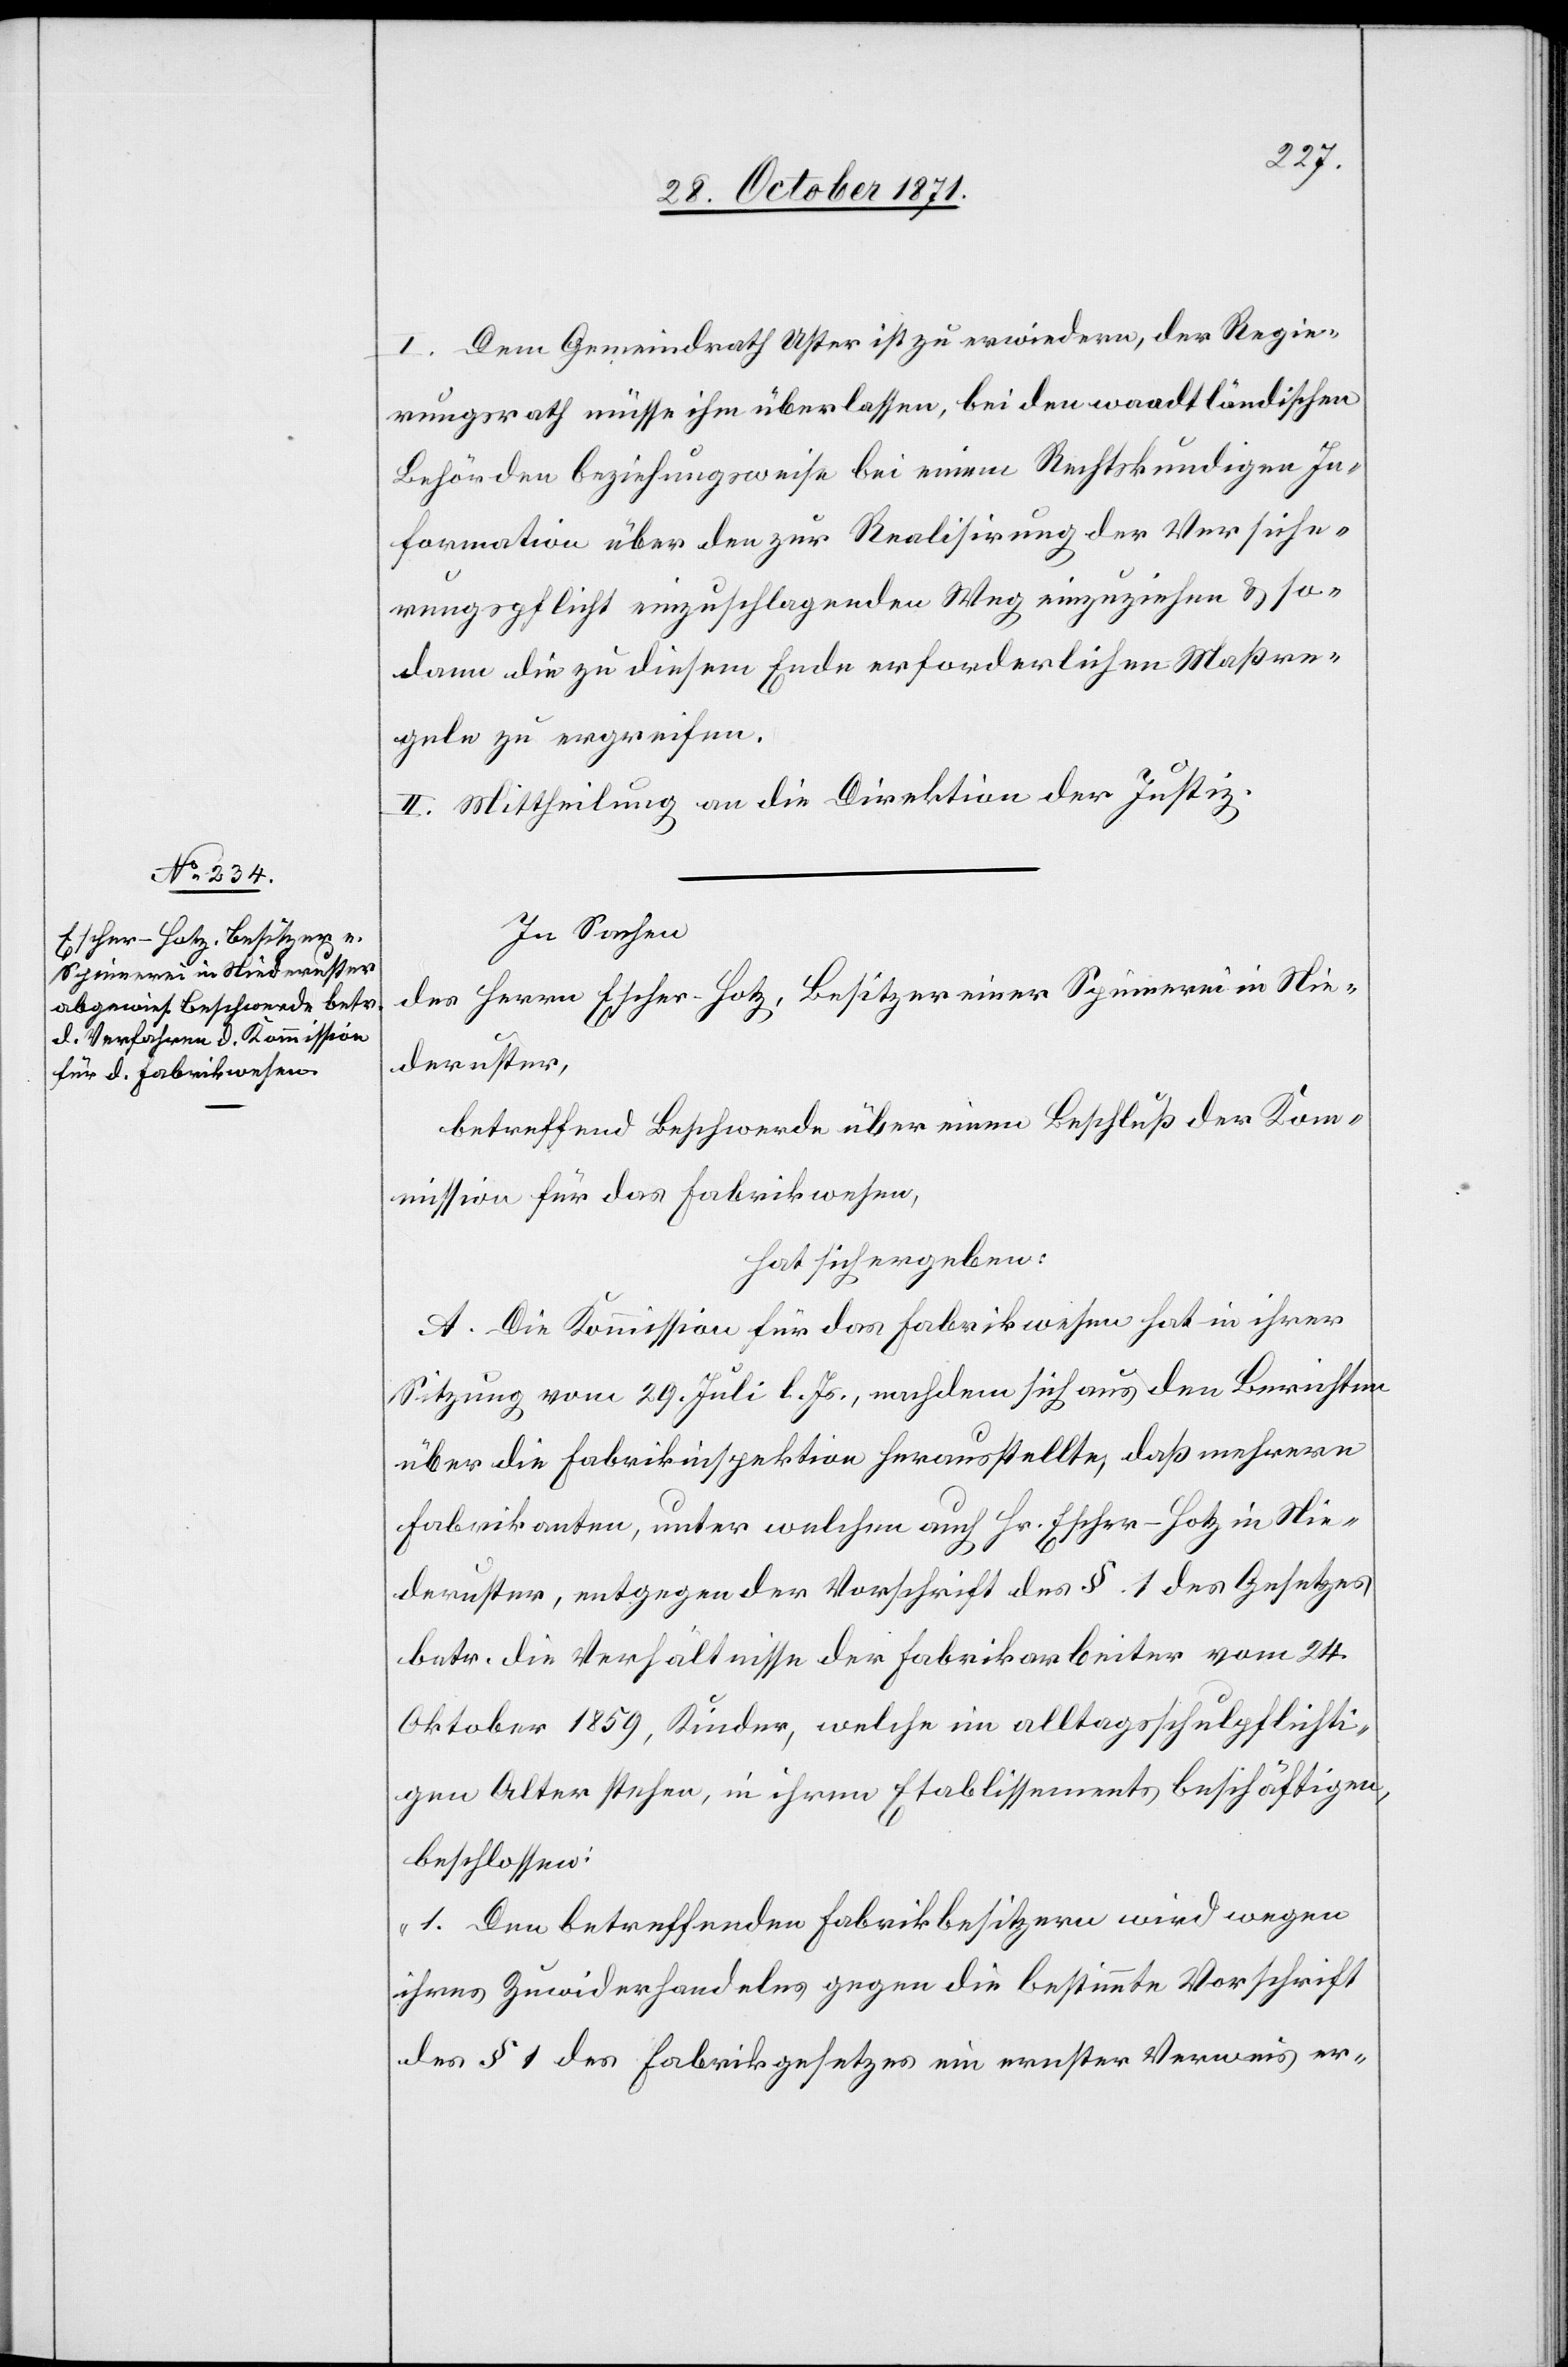
I. Dem Gemeindrath Uster ist zu erwiedern, der Regie¬
rungsrath müsse ihm überlassen, bei den waadtländischen
Behörden beziehungsweise bei einem Rechtskundigen In¬
formation über den zur Realisirung der Versiche¬
rungspflicht einzuschlagenden Weg einzuziehen & so¬
dann die zu diesem Ende erforderlichen Maßre¬
geln zu ergreifen.
II. Mittheilung an die Direktion der Justiz.
In Sachen
des Herrn Escher-Hotz, Besitzer einer Spinnerei in Nie¬
deruster,
betreffend Beschwerde über einen Beschluß der Kom¬
mission für das Fabrikwesen,
hat sich ergeben:
A. Die Kommission für das Fabrikwesen hat in ihrer
Sitzung vom 29. Juli l. Js., nachdem sich aus den Berichten
über die Fabrikinspektion herausstellte, daß mehrere
Fabrikanten, unter welchen auch Hr. Escher-Hotz in Nie¬
deruster, entgegen der Vorschrift des § 1 des Gesetzes
betr. die Verhältnisse der Fabrikarbeiter vom 24.
Oktober 1859, Kinder, welche im alltagsschulpflichti¬
gen Alter stehen, in ihren Etablissements beschäftigen,
beschlossen:
„1. Den betreffenden Fabrikbesitzern wird wegen
ihres Zuwiderhandelns gegen die bestimmte Vorschrift
des § 1 des Fabrikgesetzes ein ernster Verweis er-